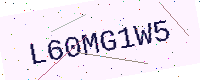
Text: L60MG1W5